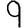
Digit: 9